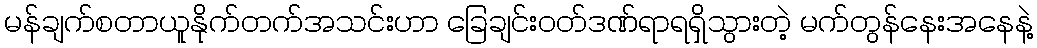
မန်ချက်စတာယူနိုက်တက်အသင်းဟာ ခြေချင်းဝတ်ဒဏ်ရာရရှိသွားတဲ့ မက်တွန်နေးအနေနဲ့